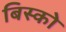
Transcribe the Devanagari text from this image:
बिस्को